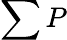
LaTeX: \sum P